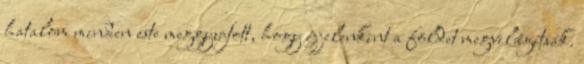
hatalom minden este meggyujtott, hogy éjjelenkint a földet megvilágítsák.